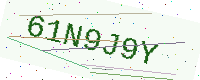
Text: 61N9J9Y